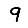
Digit: 9